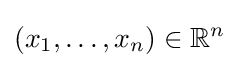
\left(x_{1},\ldots ,x_{n}\right)\in \mathbb {R} ^{n}